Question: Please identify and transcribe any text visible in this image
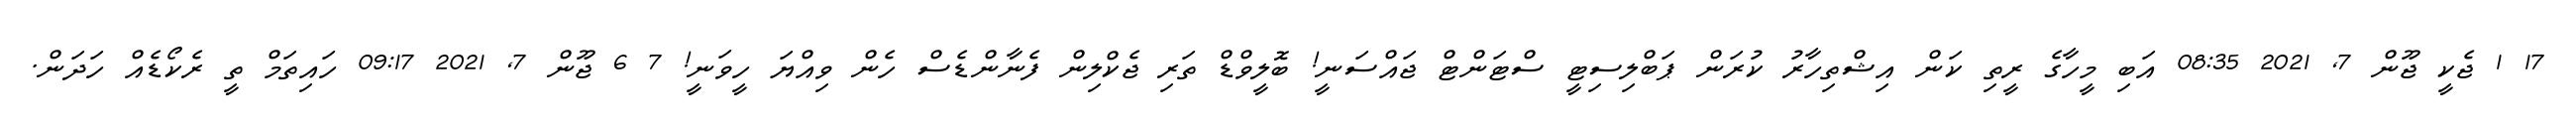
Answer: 17 1 ޖެކީ ޖޫން 7, 2021 08:35 އަބި މީހާގެ ރީތި ކަން އިޝްތިހާރު ކުރަން ޕަބްލިސިޓީ ސްޓަންޓް ޖައްސަނީ! ބޮލީވްޑް ތަރި ޖެކްލިން ފެނާންޑެސް ހެން ވިއްޔަ ހީވަނީ! 7 6 ޖޫން 7, 2021 09:17 ހައިތަމް ތީ ރެކޯޑެއް ހަދަން.